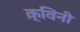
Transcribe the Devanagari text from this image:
क़्विनी